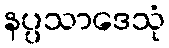
နပ္ပသာဒေသုံ